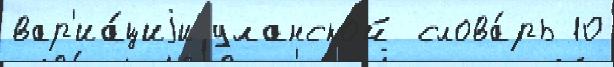
вар'иа́циjи уланской слова́рь 10